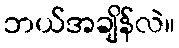
ဘယ်အချိန်လဲ။